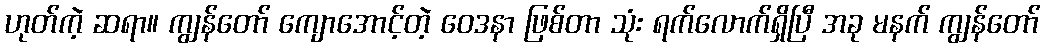
ဟုတ်ကဲ့ ဆရာ။ ကျွန်တော် ကျောအောင့်တဲ့ ဝေဒနာ ဖြစ်တာ သုံး ရက်လောက်ရှိပြီ အခု မနက် ကျွန်တော်